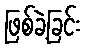
ဖြစ်ခဲ့ခြင်း